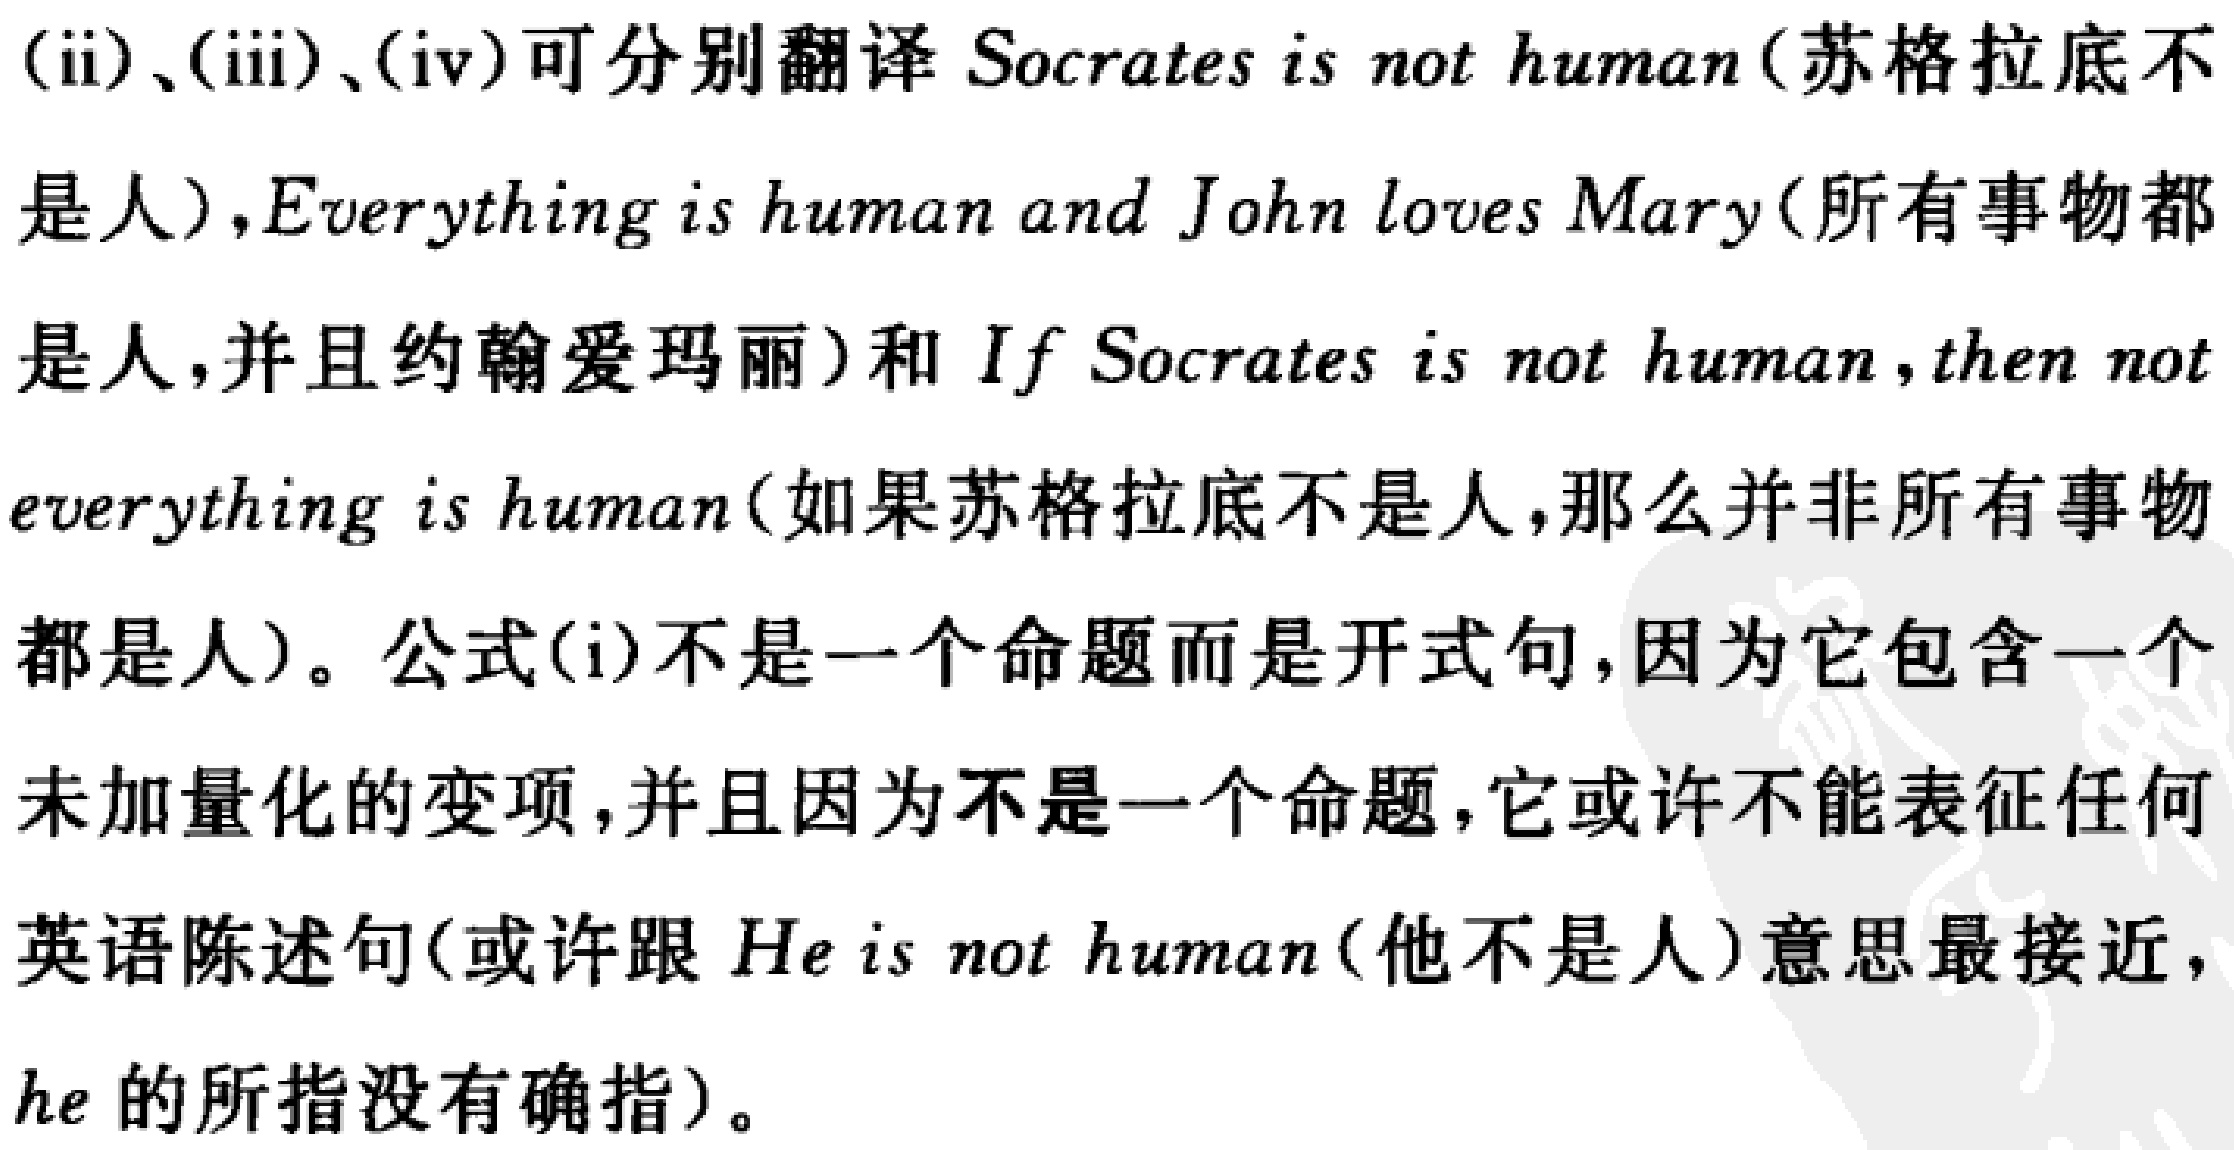
(ii)、(iii)、(iv)可分别翻译Socrates is not human(苏格拉底不
是人),Everything is human and John loves Mary(所有事物都
是人,并且约翰爱玛丽)和If Socrates is not human,then not
everything is human(如果苏格拉底不是人,那么并非所有事物
都是人)。公式(i)不是一个命题而是开式句,因为它包含一个
未加量化的变项,并且因为不是一个命题,它或许不能表征任何
英语陈述句(或许跟He is not human(他不是人)意思最接近,
he的所指没有确指)。